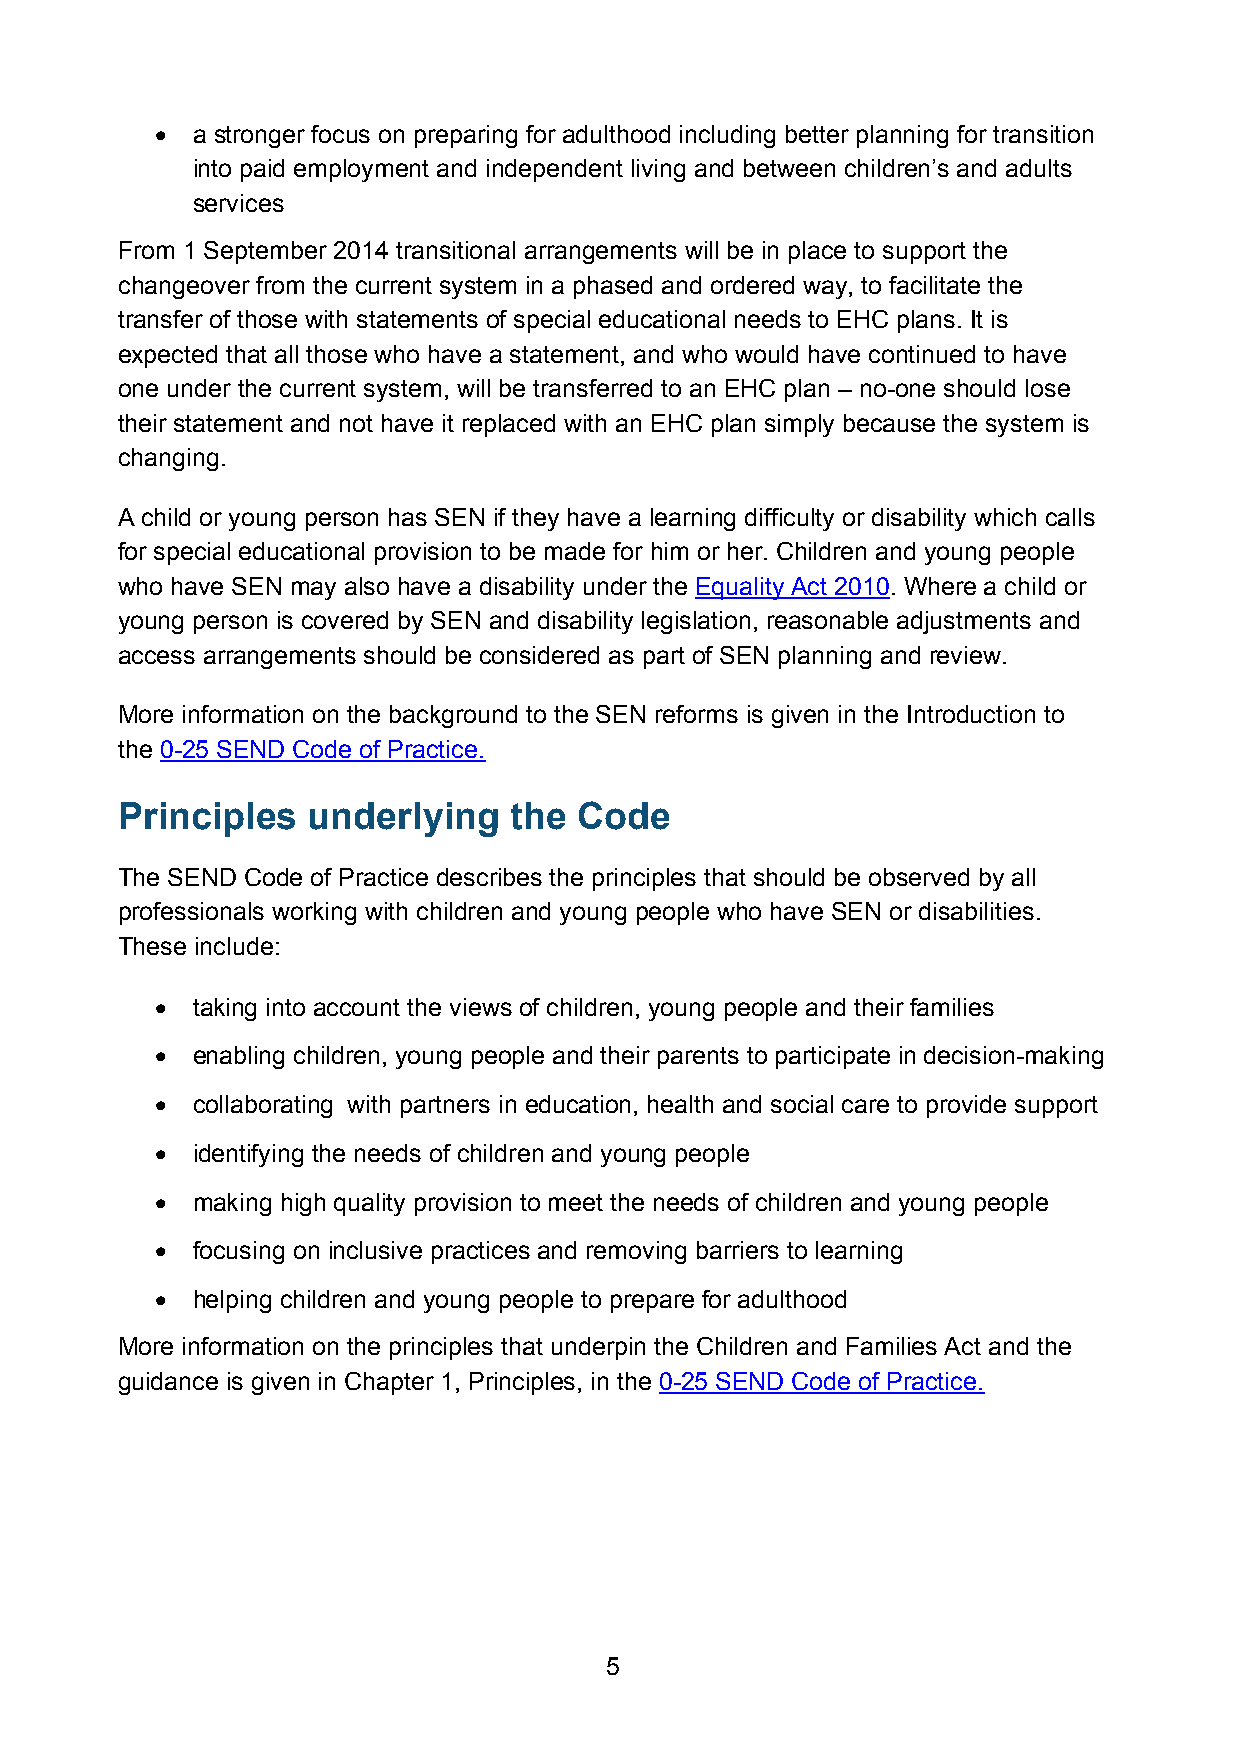
•  a stronger focus on preparing for adulthood including better planning for transition
 into paid employment and independent living and between children’s and adults
 services
 From 1 September 2014 transitional arrangements will be in place to support the
 changeover from the current system in a phased and ordered way, to facilitate the
 transfer of those with statements of special educational needs to EHC plans. It is
 expected that all those who have a statement, and who would have continued to have
 one under the current system, will be transferred to an EHC plan – no-one should lose
 their statement and not have it replaced with an EHC plan simply because the system is
 changing.
 A child or young person has SEN if they have a learning difficulty or disability which calls
 for special educational provision to be made for him or her. Children and young people
 who have SEN may also have a disability under the Equality Act 2010. Where a child or
 young person is covered by SEN and disability legislation, reasonable adjustments and
 access arrangements should be considered as part of SEN planning and review.
 More information on the background to the SEN reforms is given in the Introduction to
 the 0-25 SEND Code of Practice.
 Principles  underlying    the Code
 The SEND Code of Practice describes the principles that should be observed by all
 professionals working with children and young people who have SEN or disabilities.
 These include:
 •  taking into account the views of children, young people and their families
 •  enabling children, young people and their parents to participate in decision-making
 •  collaborating with partners in education, health and social care to provide support
 •  identifying the needs of children and young people
 •  making high quality provision to meet the needs of children and young people
 •  focusing on inclusive practices and removing barriers to learning
 •  helping children and young people to prepare for adulthood
 More information on the principles that underpin the Children and Families Act and the
 guidance is given in Chapter 1, Principles, in the 0-25 SEND Code of Practice.
 5